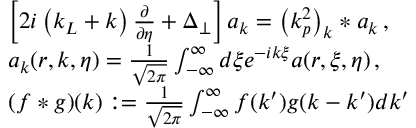
\begin{array} { r l } & { \left[ 2 i \left( k _ { L } + k \right) \frac { \partial } { \partial \eta } + \Delta _ { \perp } \right] a _ { k } = \left( k _ { p } ^ { 2 } \right) _ { k } \ast a _ { k } \, , } \\ & { a _ { k } ( r , k , \eta ) = \frac { 1 } { \sqrt { 2 \pi } } \int _ { - \infty } ^ { \infty } d \xi e ^ { - i k \xi } a ( r , \xi , \eta ) \, , } \\ & { ( f \ast g ) ( k ) : = \frac { 1 } { \sqrt { 2 \pi } } \int _ { - \infty } ^ { \infty } f ( k ^ { \prime } ) g ( k - k ^ { \prime } ) d k ^ { \prime } } \end{array}